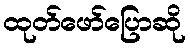
ထုတ်ဖော်ပြောဆို